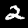
Label: 2